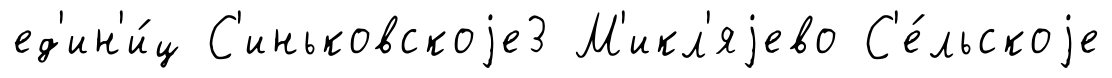
ед'ин'и́ц С'иньковскоjе3 М'икл'яjево С'е́льскоjе